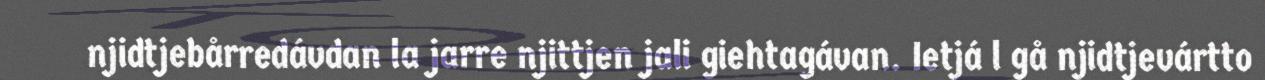
njidtjebårredávdan la jarre njittjen jali giehtagávan. Ietjá l gå njidtjevártto